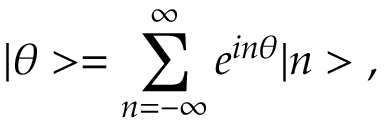
| \theta > = \sum _ { n = - \infty } ^ { \infty } e ^ { i n \theta } | n > \; ,